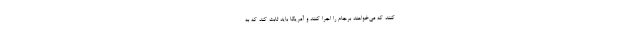
کنند که می‌خواهند برجام را اجرا کنند و آمریکا باید ثابت کند که به